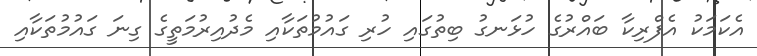
އެކަމަކު އެފްރިކާ ބައްރުގެ ހުޅަނގު ބިތުގައި ހުރި ގައުމުތަކާއި މެދުއިރުމަތީގެ ގިނަ ގައުމުތަކާއި